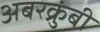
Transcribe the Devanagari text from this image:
अबरक्रुंबी